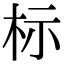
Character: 标